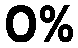
0%